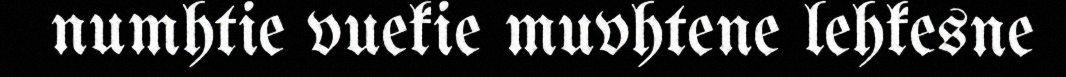
numhtie vuekie muvhtene lehkesne